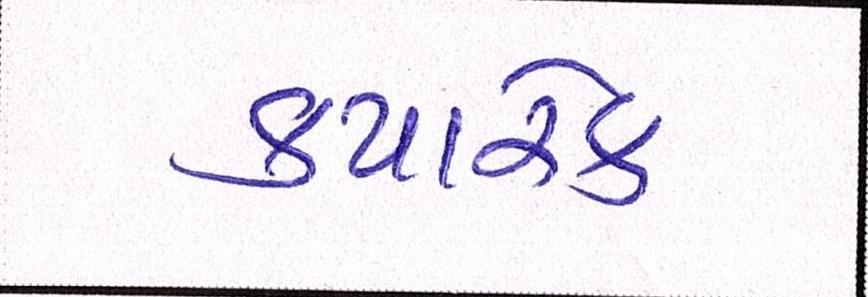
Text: ક્યારેક